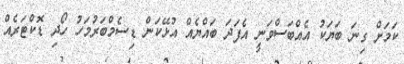
ކަމަށް ގިނަ ބަޔަކު އެއްބަސްވަނީ އެފަދަ ބައްޔެއް އުޅޭކަން ޑިސެމްބަރުމަހު ހޯދި ޑޮކްޓަރެއް